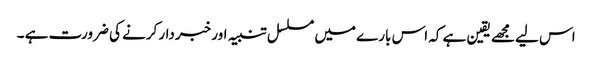
اس لیے مجھے یقین ہے کہ اس بارے میں مسلسل تنبیہ اور خبردار کرنے کی ضرورت ہے ۔